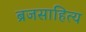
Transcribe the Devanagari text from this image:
ब्रजसाहित्य